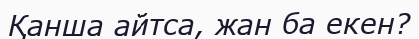
Қанша айтса, жан ба екен?